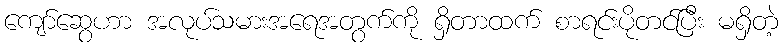
ကျော်ဆွေဟာ အလုပ်သမားအရေအတွက်ကို ရှိတာထက် စာရင်းပိုတင်ပြီး မရှိတဲ့